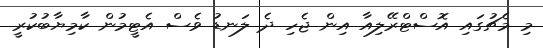
މި މެޗުގައި އޮސްޓްރޭލިއާ އިން ޖެހި ދެ ލަނޑު ވެސް އެޓީމުން ކާމިޔާބުކުރީ